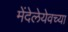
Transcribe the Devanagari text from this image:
मेंदेलेयेवच्या